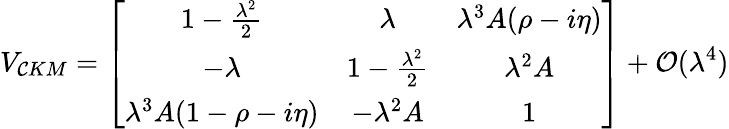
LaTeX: V_{\mathcal{C}KM}=\left[\begin{array}{ccc}{{1-\frac{\lambda^{2}}{2}}}&{{\lambda}}&{{\lambda^{3}A(\rho-i\eta)}}\\ {{-\lambda}}&{{1-\frac{\lambda^{2}}{2}}}&{{\lambda^{2}A}}\\ {{\lambda^{3}A(1-\rho-i\eta)}}&{{-\lambda^{2}A}}&{{1}}\end{array}\right]+{\cal{O}}(\lambda^{4})